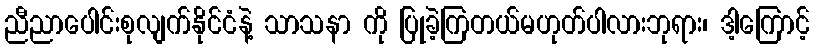
ညီညာပေါင်းစုလျက်နိုင်ငံနဲ့ သာသနာ ကို ပြုခဲ့ကြတယ်မဟုတ်ပါလားဘုရား၊ ဒါ့ကြောင့်